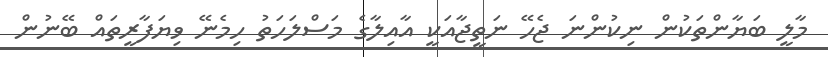
މާލީ ބަޔާންތަކުން ނިކުންނަ ޖެހޭ ނަތީޖާއަކީ އާއިލާގެ މަސްލަހަތު ހިމެނޭ ވިޔަފާރީތައް ބޭނުން